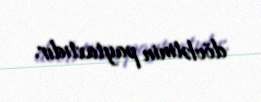
dövlətinin paytaxtıdır.